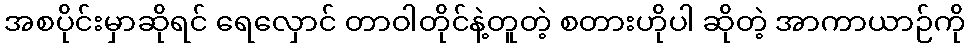
အစပိုင်းမှာဆိုရင် ရေလှောင် တာဝါတိုင်နဲ့တူတဲ့ စတားဟိုပါ ဆိုတဲ့ အာကာယာဉ်ကို